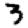
Digit: 3